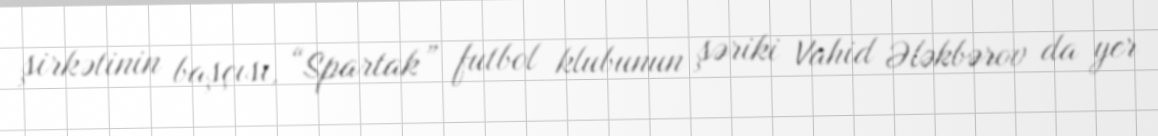
şirkətinin başçısı, “Spartak” futbol klubunun şəriki Vahid Ələkbərov da yer